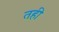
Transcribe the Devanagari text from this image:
तही